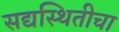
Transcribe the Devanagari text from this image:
सद्यस्थितीचा